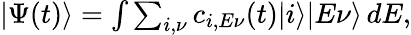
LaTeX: \begin{array}{r}{|\Psi(t)\rangle=\int\sum_{i,\nu}c_{i,E\nu}(t)|i\rangle|E\nu\rangle\, dE,}\end{array}